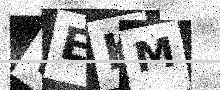
Text: WEKM